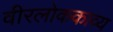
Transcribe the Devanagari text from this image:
वीरलोककाव्य